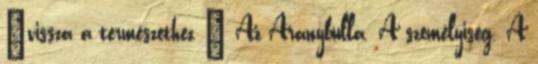
„vissza a természethez ” Az Aranybulla. A személyiség. A